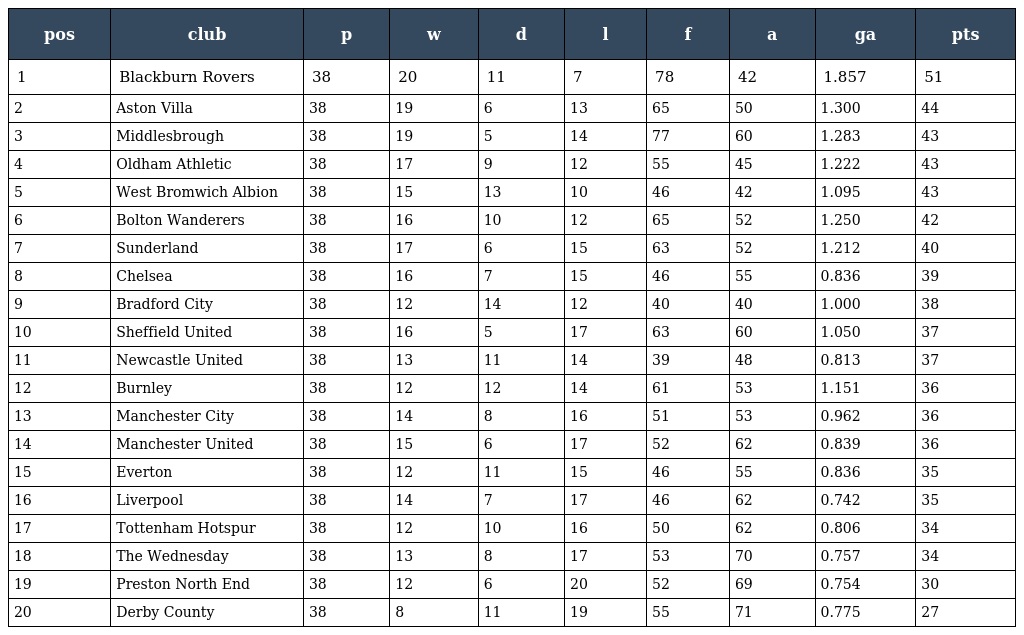
| pos | club | p | w | d | l | f | a | ga | pts |
 | --- | --- | --- | --- | --- | --- | --- | --- | --- | --- |
 | 1 | Blackburn Rovers | 38 | 20 | 11 | 7 | 78 | 42 | 1.857 | 51 |
 | 2 | Aston Villa | 38 | 19 | 6 | 13 | 65 | 50 | 1.300 | 44 |
 | 3 | Middlesbrough | 38 | 19 | 5 | 14 | 77 | 60 | 1.283 | 43 |
 | 4 | Oldham Athletic | 38 | 17 | 9 | 12 | 55 | 45 | 1.222 | 43 |
 | 5 | West Bromwich Albion | 38 | 15 | 13 | 10 | 46 | 42 | 1.095 | 43 |
 | 6 | Bolton Wanderers | 38 | 16 | 10 | 12 | 65 | 52 | 1.250 | 42 |
 | 7 | Sunderland | 38 | 17 | 6 | 15 | 63 | 52 | 1.212 | 40 |
 | 8 | Chelsea | 38 | 16 | 7 | 15 | 46 | 55 | 0.836 | 39 |
 | 9 | Bradford City | 38 | 12 | 14 | 12 | 40 | 40 | 1.000 | 38 |
 | 10 | Sheffield United | 38 | 16 | 5 | 17 | 63 | 60 | 1.050 | 37 |
 | 11 | Newcastle United | 38 | 13 | 11 | 14 | 39 | 48 | 0.813 | 37 |
 | 12 | Burnley | 38 | 12 | 12 | 14 | 61 | 53 | 1.151 | 36 |
 | 13 | Manchester City | 38 | 14 | 8 | 16 | 51 | 53 | 0.962 | 36 |
 | 14 | Manchester United | 38 | 15 | 6 | 17 | 52 | 62 | 0.839 | 36 |
 | 15 | Everton | 38 | 12 | 11 | 15 | 46 | 55 | 0.836 | 35 |
 | 16 | Liverpool | 38 | 14 | 7 | 17 | 46 | 62 | 0.742 | 35 |
 | 17 | Tottenham Hotspur | 38 | 12 | 10 | 16 | 50 | 62 | 0.806 | 34 |
 | 18 | The Wednesday | 38 | 13 | 8 | 17 | 53 | 70 | 0.757 | 34 |
 | 19 | Preston North End | 38 | 12 | 6 | 20 | 52 | 69 | 0.754 | 30 |
 | 20 | Derby County | 38 | 8 | 11 | 19 | 55 | 71 | 0.775 | 27 |